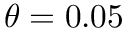
\theta = 0 . 0 5